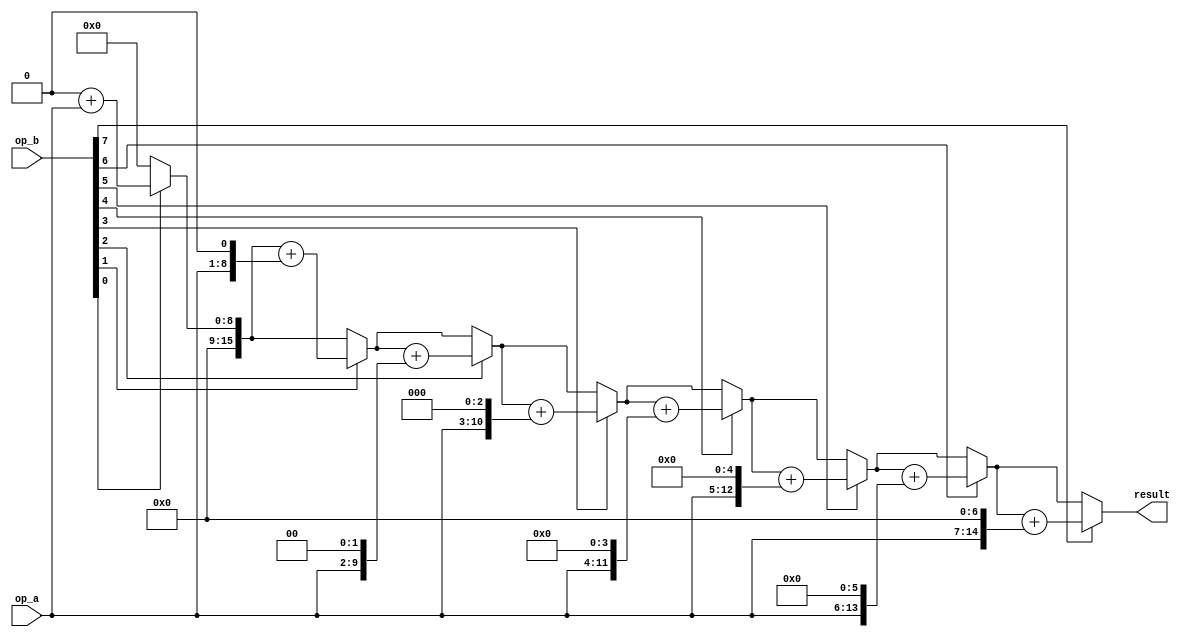
module multiplier_for (
    result,
    op_a,
    op_b
);
    parameter size = 8;
    input[size:1] op_a, op_b;
    output[2*size:1] result;
    reg[2*size:1] shift_opa;
    reg[2*size:1] result;
    reg[size:1] shift_opb;
    reg[3:0] temp_for;
    always @(op_a or op_b) begin
        result = 0;
        shift_opa = op_a;
        shift_opb = op_b;
        temp_for = 4'b0000;
        for(temp_for=0; temp_for<size; temp_for=temp_for+1) begin
            if(shift_opb[1]) result = result + shift_opa;
            shift_opa = shift_opa << 1;
            shift_opb = shift_opb >> 1;
        end
    end
endmodule